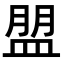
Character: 𥂀